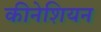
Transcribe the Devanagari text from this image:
कीनेशियन